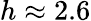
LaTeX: h\approx 2.6